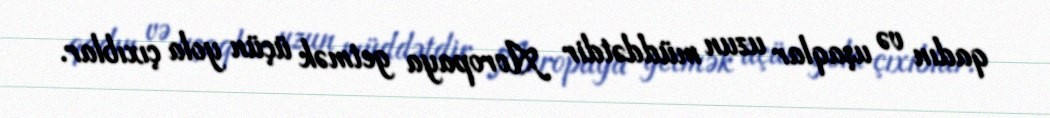
qadın və uşaqlar uzun müddətdir Avropaya getmək üçün yola çıxıblar.